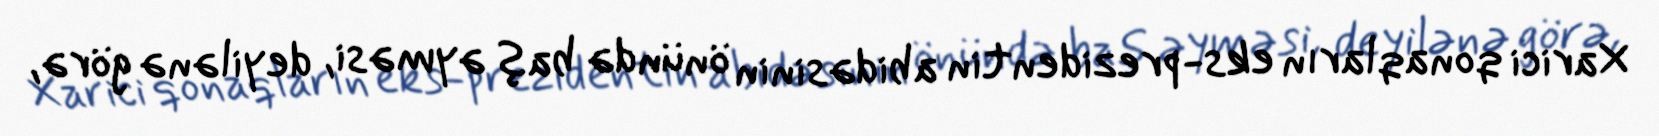
Xarici qonaqların eks-prezidentin abidəsinin önündə baş əyməsi, deyilənə görə,